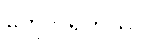
တွေလဲရှိတယ်။